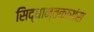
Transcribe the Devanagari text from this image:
सिद्धान्तकारांस